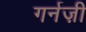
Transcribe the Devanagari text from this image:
गर्नज़ी